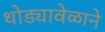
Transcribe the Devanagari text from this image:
थोड्यावेळाने